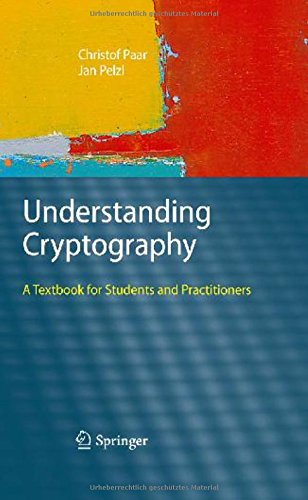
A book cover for Understanding Cryptography: A Textbook for Students and Practitioners; Christof Paar; Engineering & Transportation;